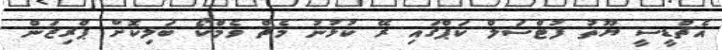
އެޗްޑީސީ ޔޫތު ފުޓްސަލް ކަޕްގައި ރޭ ކުޅުނު މެޗް ވެމްކޯ ބަލިކޮށް ޕްރިޒަން